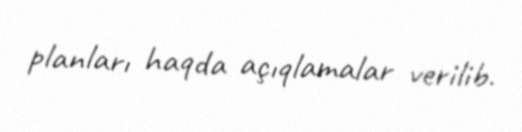
planları haqda açıqlamalar verilib.